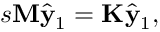
s \mathbf { M } \hat { \mathbf { y } } _ { 1 } = \mathbf { K } \hat { \mathbf { y } } _ { 1 } ,